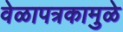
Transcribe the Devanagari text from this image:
वेळापत्रकामुळे